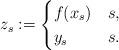
LaTeX: \begin{align*} z_s:= \begin{cases} f(x_s) & s,\\ y_s & s. \end{cases}\end{align*}